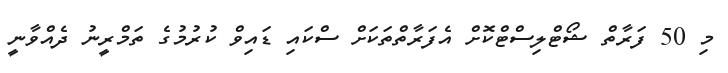
މި 50 ފަރާތް ޝޯޓްލިސްޓްކޮށް އެފަރާތްތަކަށް ސްކައި ޑައިވް ކުރުމުގެ ތަމްރީނު ދެއްވާނީ